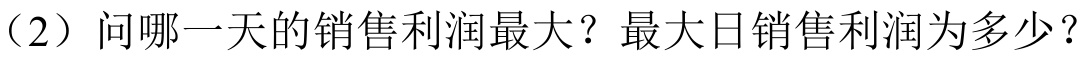
（2）问哪一天的销售利润最大？最大日销售利润为多少？